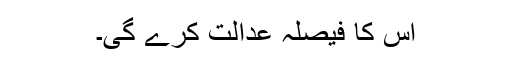
اس کا فیصلہ عدالت کرے گی۔